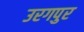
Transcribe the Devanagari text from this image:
उरगपुर